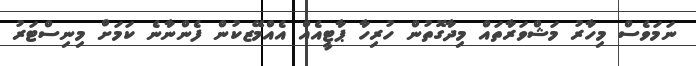
ނަމަވެސް މިހާރު މަޝްވަރާތައް މިދާގޮތުން ހުރިހާ ޕާޓީއެއް އެއްމޭޒކުން ފެންނާނެ ކަމަށް މިނިސްޓަރު